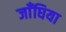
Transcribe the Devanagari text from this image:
जाँघिया